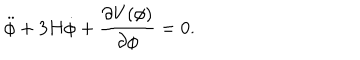
\ddot { \phi } + 3 H \dot { \phi } + { \frac { \partial V ( \phi ) } { \partial \phi } } = 0 .